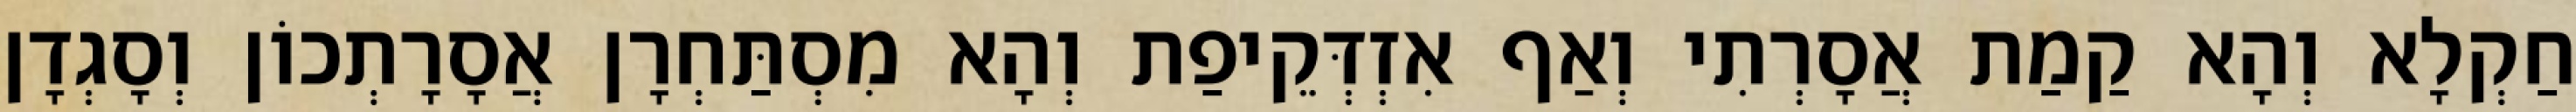
חַקְלָא וְהָא קַמַת אֲסָרְתִי וְאַף אִזְדְּקֵיפַת וְהָא מִסְתַּחְרָן אֲסָרָתְכוֹן וְסָגְדָן